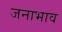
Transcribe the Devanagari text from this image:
जनाभाव